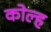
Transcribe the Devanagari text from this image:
कोल्ह